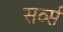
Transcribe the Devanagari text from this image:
सर्व्स